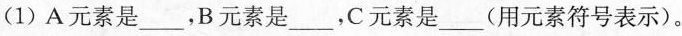
(1)A元素是___，B元素是___，C元素是___(用元素符号表示)。